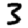
Digit: 3